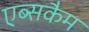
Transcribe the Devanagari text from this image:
एब्सकैम